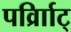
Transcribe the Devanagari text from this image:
पर्व्राािट्